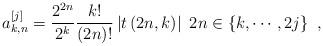
LaTeX: \begin{align*}a_{k,n}^{\left[ j\right] }=\frac{2^{2n}}{2^{k}}\frac{k!}{\left( 2n\right)!}\left\vert t\left( 2n,k\right) \right\vert \ 2n\in\left\{ k,\cdots,2j\right\} \ ,\end{align*}